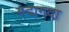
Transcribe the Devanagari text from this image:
गदागदा